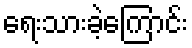
ရေးသားခဲ့ကြောင်း